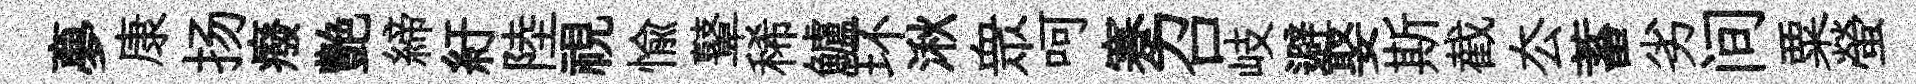
夣康扬癈艶締紆陸視愉鼙稀鱸环湫衆呵蹇召岐避娶斯截厺蓄劣间粟螢